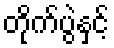
တိုက်ပွဲနှင့်